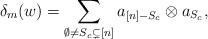
LaTeX: \begin{align*}\delta_m(w)=\sum_{\emptyset \neq S_c\subsetneq [n]} a_{[n]-S_c} \otimes a_{S_c},\end{align*}